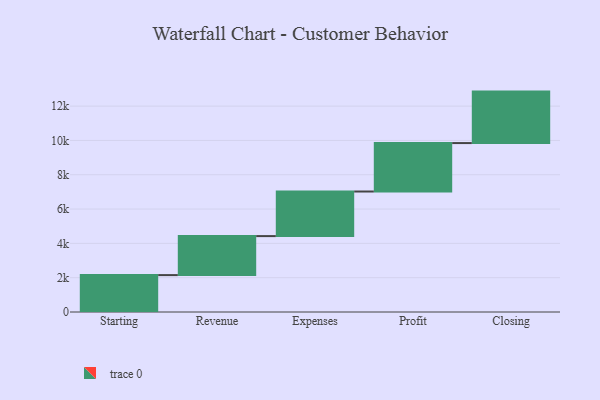
{"axis": {"x": "Step", "y": "Value"}, "legend": [""], "data": [{"x": "Starting", "y": 2151.0, "type": ""}, {"x": "Revenue", "y": 2273.0, "type": ""}, {"x": "Expenses", "y": 2599.0, "type": ""}, {"x": "Profit", "y": 2823.0, "type": ""}, {"x": "Closing", "y": 3000, "type": ""}]}